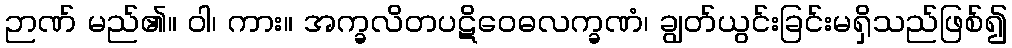
ဉာဏ် မည်၏။ ဝါ၊ ကား။ အက္ခလိတပဋိဝေဓလက္ခဏံ၊ ချွတ်ယွင်းခြင်းမရှိသည်ဖြစ်၍